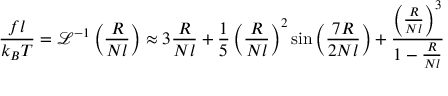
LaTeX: { \frac { f l } { k _ { B } T } } = { \mathcal { L } } ^ { - 1 } \left( { \frac { R } { N l } } \right) \approx 3 { \frac { R } { N l } } + { \frac { 1 } { 5 } } \left( { \frac { R } { N l } } \right) ^ { 2 } \sin \left( { \frac { 7 R } { 2 N l } } \right) + { \frac { \left( { \frac { R } { N l } } \right) ^ { 3 } } { 1 - { \frac { R } { N l } } } }